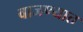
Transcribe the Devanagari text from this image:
वाजण्यात